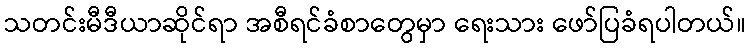
သတင်းမီဒီယာဆိုင်ရာ အစီရင်ခံစာတွေမှာ ရေးသား ဖော်ပြခံရပါတယ်။